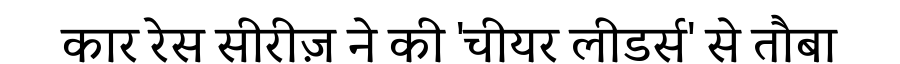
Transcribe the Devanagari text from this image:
कार रेस सीरीज़ ने की 'चीयर लीडर्स' से तौबा